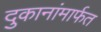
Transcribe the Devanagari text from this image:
दुकानांमार्फत